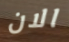
الان